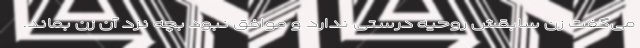
می‌گفت زن سابقش روحیه درستی ندارد و موافق نبود بچه نزد آن زن بماند.